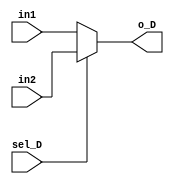
module Mux_D
#(parameter WID = 8)
(in1 , in2 , o_D  , sel_D  );
  
 input sel_D ;
 input [WID-1:0] in1 , in2 ; 
 output[WID-1:0] o_D ;  
 
 assign o_D = sel_D ? in2 :in1 ;
 
endmodule